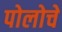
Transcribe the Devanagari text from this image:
पोलोचे